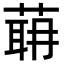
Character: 𦶈